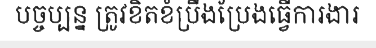
បច្ចប្បន្ន ត្រូវខិតខំប្រឹងប្រែងធ្វើការងារ